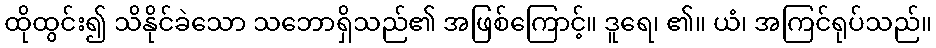
ထိုထွင်း၍ သိနိုင်ခဲသော သဘောရှိသည်၏ အဖြစ်ကြောင့်။ ဒူရေ၊ ၏။ ယံ၊ အကြင်ရုပ်သည်။